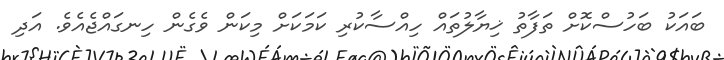
ބައަކު ބަހުސްކޮށް ތަފާތު ޚިޔާލުތައް ހިއްސާކުރި ކަމަކަށް މިކަން ވެގެން ހިނގައްޖެއެވެ. އަދި